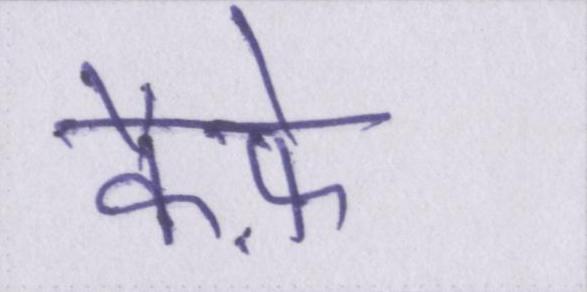
कैफ़े